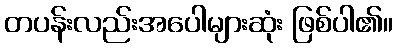
တပန်းလည်းအပေါများဆုံး ဖြစ်ပါ၏။